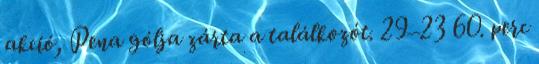
akció, Pena gólja zárta a találkozót. 29–23 60. perc